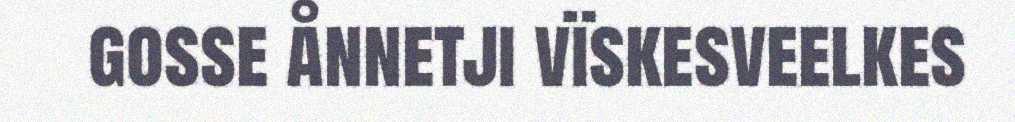
gosse ånnetji vïskesveelkes